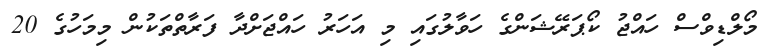
މޯލްޑިވްސް ހައްޖު ކޯޕަރޭޝަންގެ ހަވާލުގައި މި އަހަރު ހައްޖަށްދާ ފަރާތްތަކުން މިމަހުގެ 20